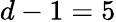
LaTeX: d-1=5